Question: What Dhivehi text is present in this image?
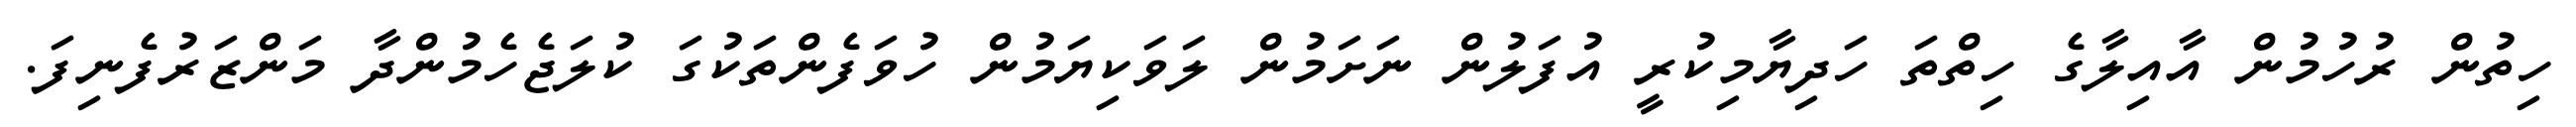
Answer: ހިތުން ރުހުމުން އާއިލާގެ ހިތްތަ ހަދިޔާމިކުރީ އުފަލުން ނަށަމުން ލަވަކިޔަމުން ހުވަފެންތަކުގަ ކުލަޖެހެމުންދާ މަންޒަރުފެނިފަ.